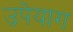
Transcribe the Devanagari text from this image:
उपेयाग